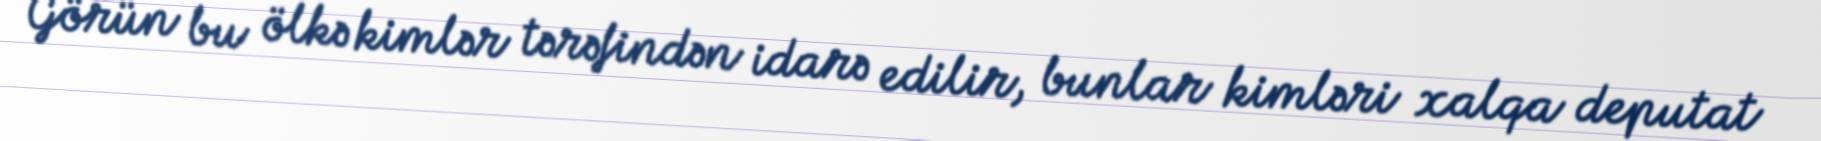
Görün bu ölkə kimlər tərəfindən idarə edilir, bunlar kimləri xalqa deputat